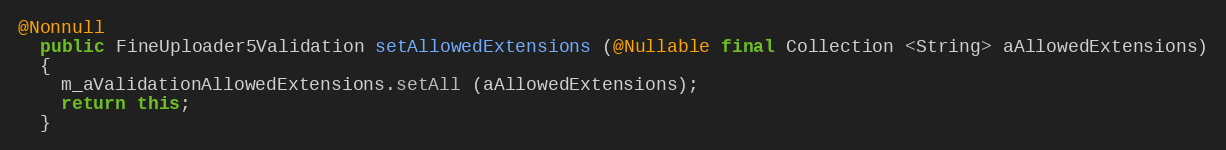
Language: Java
@Nonnull
  public FineUploader5Validation setAllowedExtensions (@Nullable final Collection <String> aAllowedExtensions)
  {
    m_aValidationAllowedExtensions.setAll (aAllowedExtensions);
    return this;
  }